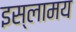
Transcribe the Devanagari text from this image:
इस्लामय